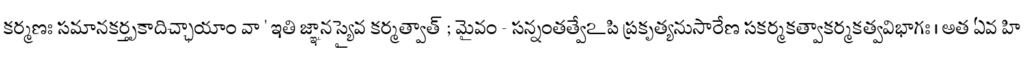
కర్మణః సమానకర్తృకాదిచ్ఛాయాం వా ' ఇతి జ్ఞానస్యైవ కర్మత్వాత్ ; మైవం - సన్నంతత్వేఽపి ప్రకృత్యనుసారేణ సకర్మకత్వాకర్మకత్వవిభాగః । అత ఏవ హి